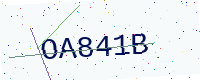
Text: OA841B